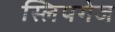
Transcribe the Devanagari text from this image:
स्लिपगेज